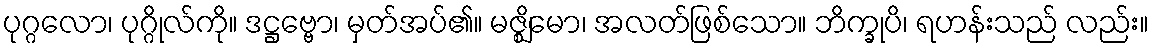
ပုဂ္ဂလော၊ ပုဂ္ဂိုလ်ကို။ ဒဋ္ဌဗ္ဗော၊ မှတ်အပ်၏။ မဇ္ဈိမော၊ အလတ်ဖြစ်သော။ ဘိက္ခုပိ၊ ရဟန်းသည် လည်း။